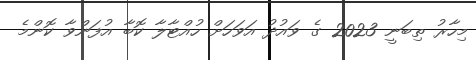
މިހާރު ތިބަނީ 2023 ގެ ވައުދު އަވަހަށް ހުއްޓާލާ ކޮބާ އުފަންވާ ކޮންމެ